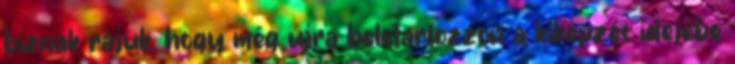
bíznak rájuk, hogy még újra beletartozzon a kiképzés idejébe